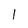
Character: 1